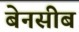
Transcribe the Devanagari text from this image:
बेनसीब